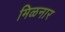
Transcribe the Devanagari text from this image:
मिळनार